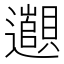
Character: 𬩫